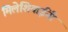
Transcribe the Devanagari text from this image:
मिलेशियाईंनी